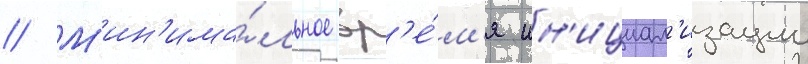
// М'ин'има́льное вр'е́м'я ин'ициал'изации